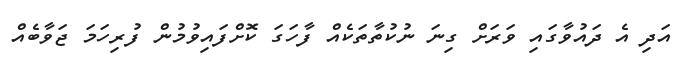
އަދި އެ ދައުވާގައި ވަރަށް ގިނަ ނުކުތާތަކެއް ފާހަގަ ކޮށްފައިވުމުން ފުރިހަމަ ޖަވާބެއް